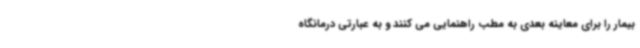
بیمار را برای معاینه بعدی به مطب راهنمایی می کنند و به عبارتی درمانگاه